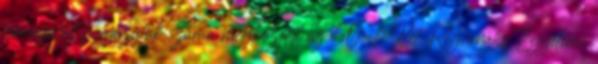
támogatott pályázatok száma megközelíti az 50-t. Két Regionális Egyetemi